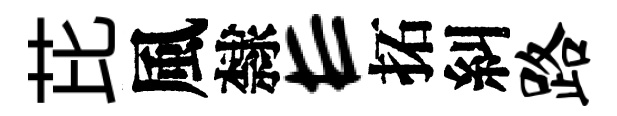
芘風隸E拓糾路